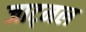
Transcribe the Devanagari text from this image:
जाट्मल